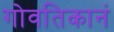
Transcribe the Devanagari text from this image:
गोवतिकानं